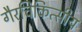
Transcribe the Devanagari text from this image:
गैरचिकित्सीय